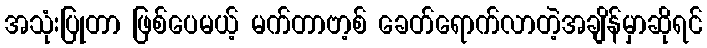
အသုံးပြုတာ ဖြစ်ပေမယ့် မက်တာဗာ့စ် ခေတ်ရောက်လာတဲ့အချိန်မှာဆိုရင်